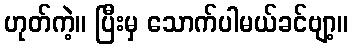
ဟုတ်ကဲ့။ ပြီးမှ သောက်ပါမယ်ခင်ဗျာ့။